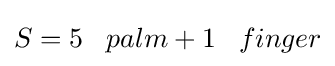
S=5\;\;\;palm+1\;\;\;finger